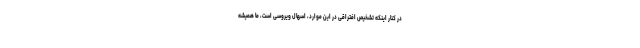
در کنار اینکه تشخیص افتراقی در این موارد، اسهال ویروسی است، ما همیشه